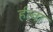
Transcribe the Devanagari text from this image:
र्हत्वा